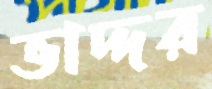
ভাদ্দর